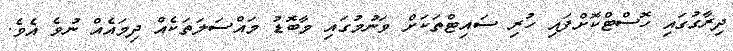
ދިރާގުގައި ހޮސްޓްކޮށްފައި ހުރި ސައިޓްތަކަށް ވަނުމުގައި މާބޮޑު މައްސަލަތަކެއް ދިމައެއް ނުވެ އެވެ.